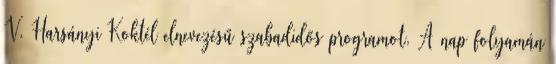
V. Harsányi Koktél elnevezésű szabadidős programot. A nap folyamán